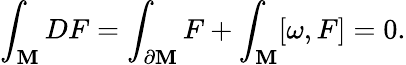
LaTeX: \int_{\mathbf{M}}DF=\int_{\partial\mathbf{M}}F+\int_{\mathbf{M}}[\omega,F]=0.